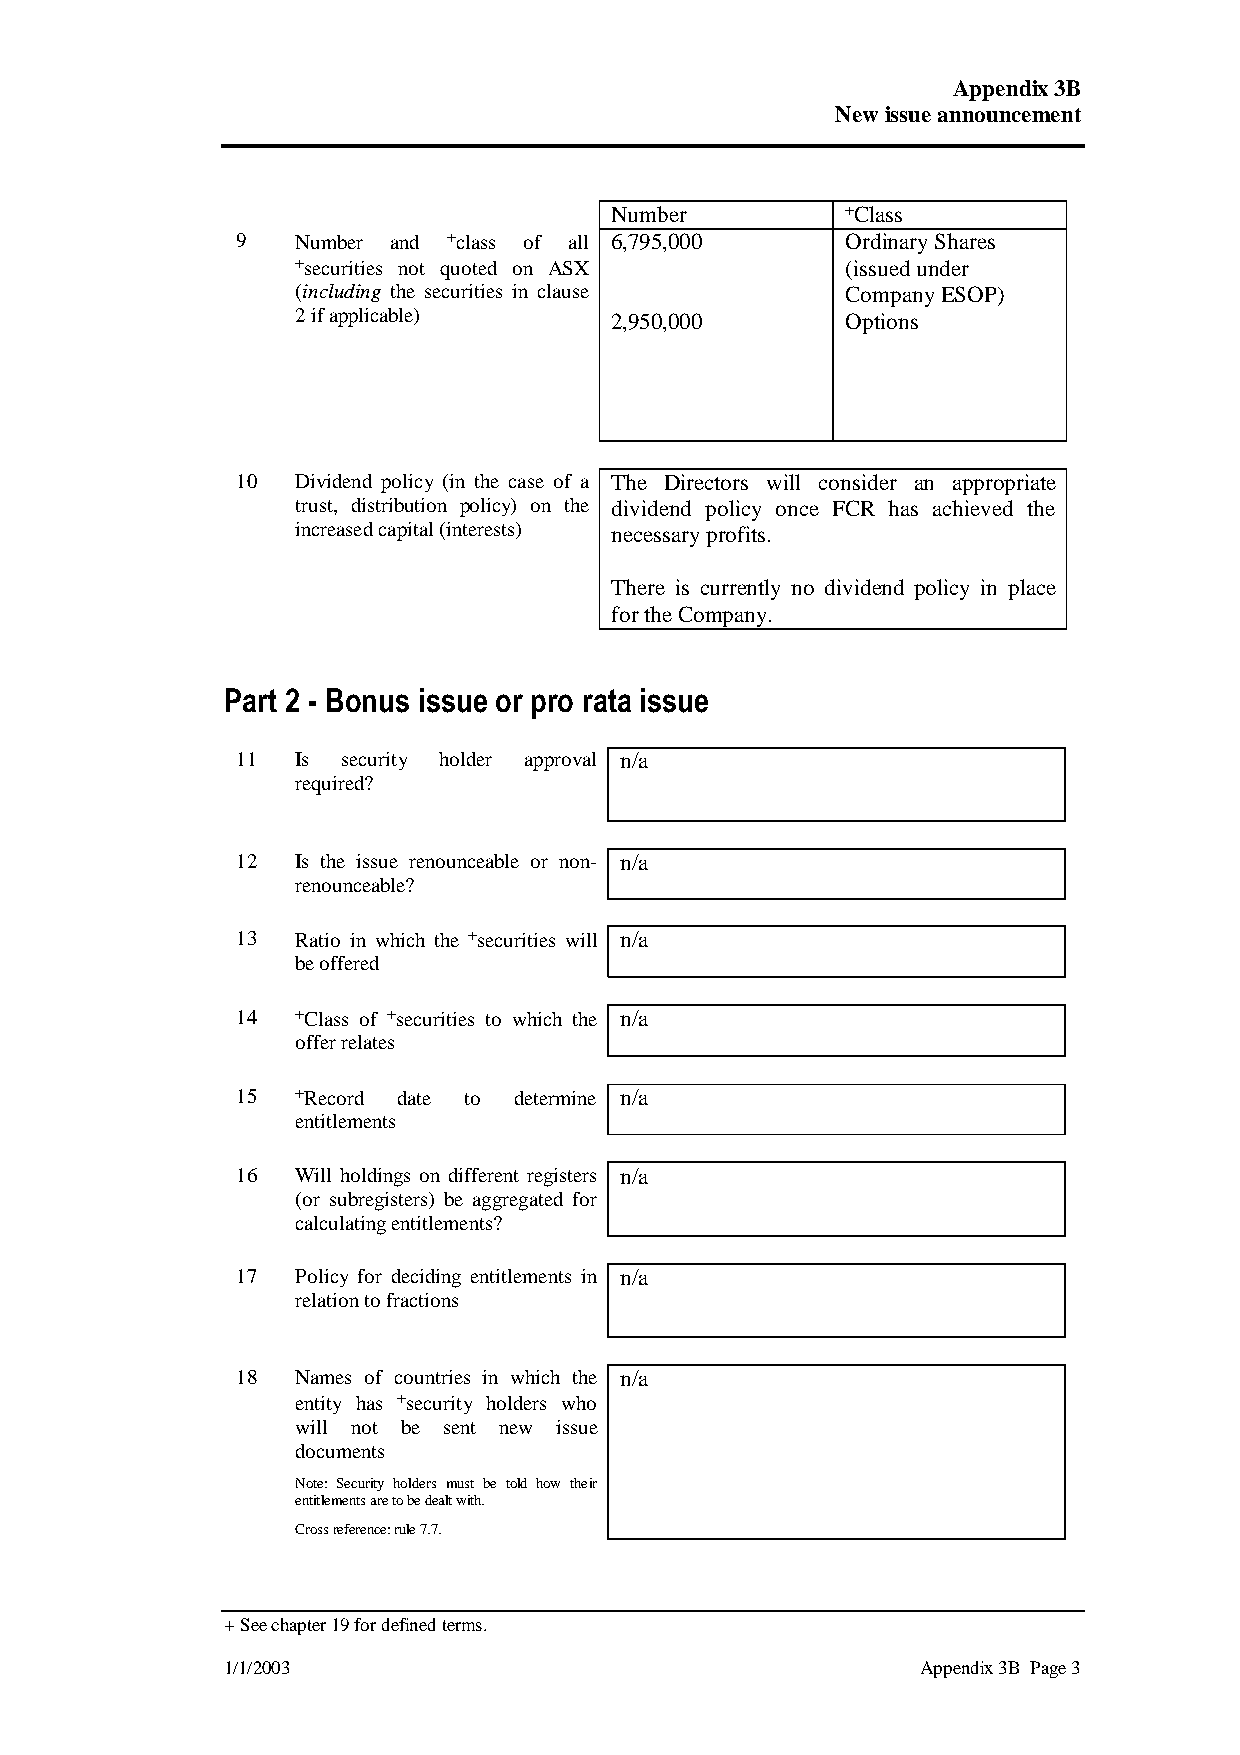
Appendix3B
 New issueannouncement
 Number          +Class
 9   Number and +class of all 6,795,000  OrdinaryShares
 +securities not quoted on ASX       (issuedunder
 (including the securities in clause CompanyESOP)
 2ifapplicable)      2,950,000       Options
 10  Dividend policy (in the case of a The Directors will consider an appropriate
 trust, distribution policy) on the dividend policy once FCR has achieved the
 increasedcapital(interests) necessaryprofits.
 There is currently no dividend policy in place
 fortheCompany.
 Part 2 - Bonus issue or pro rata issue
 11  Is security holder approval n/a
 required?
 12  Is the issue renounceable or non- n/a
 renounceable?
 13  Ratio in which the +securities will n/a
 beoffered
 14  +Class of +securities to which the n/a
 offerrelates
 15  +Record date to determine n/a
 entitlements
 16  Will holdings on different registers n/a
 (or subregisters) be aggregated for
 calculatingentitlements?
 17  Policy for deciding entitlements in n/a
 relationtofractions
 18  Names of countries in which the n/a
 entity has +security holders who
 will not be sent new issue
 documents
 Note: Security holders must be told how their
 entitlementsaretobedealtwith.
 Crossreference:rule7.7.
 +Seechapter19fordefinedterms.
 1/1/2003                                      Appendix3B Page3